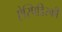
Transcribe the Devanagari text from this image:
ऐस्पिडिस्की